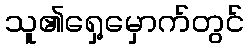
သူ၏ရှေ့မှောက်တွင်